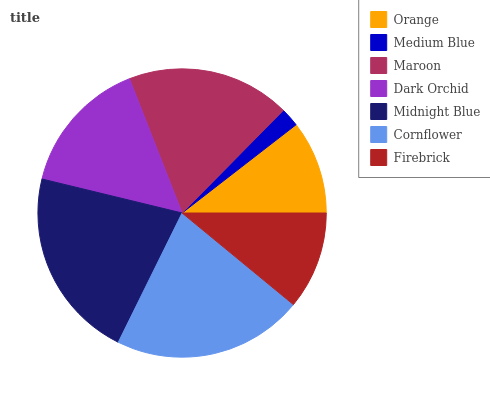
| Orange | Medium Blue | Maroon | Dark Orchid | Midnight Blue | Cornflower | Firebrick |
 | --- | --- | --- | --- | --- | --- | --- |
 | 10.5% | 2.12% | 18.3% | 15.3% | 21.5% | 21.3% | 11% |